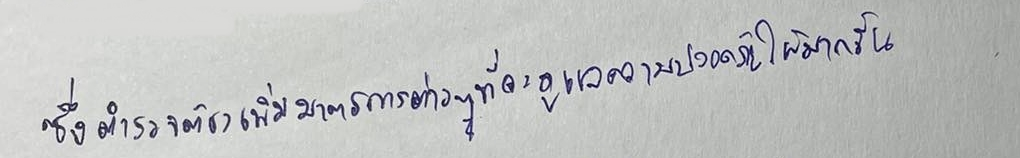
ซึ่งตำรวจต้องเพิ่มมาตรการต่างๆที่จะดูแลความปลอดภัยให้มากขึ้น?